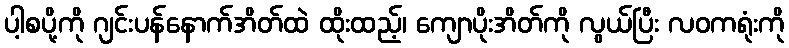
ပါ့စပို့ကို ဂျင်းပန်နောက်အိတ်ထဲ ထိုးထည့်၊ ကျောပိုးအိတ်ကို လွယ်ပြီး လဝကရုံးကို